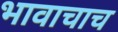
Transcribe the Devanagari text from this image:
भावाचाच